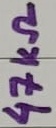
Text: 47KΩ